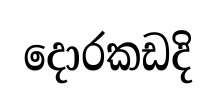
දොරකඩදි